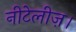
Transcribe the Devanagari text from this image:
नीटेलीज़।